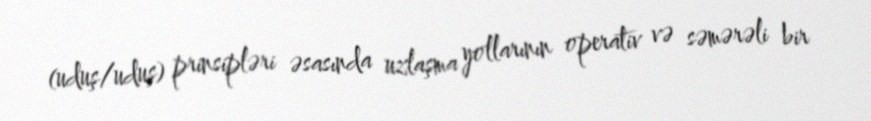
(uduş/uduş) prinsipləri əsasında uzlaşma yollarının operativ və səmərəli bir